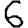
Digit: 6